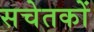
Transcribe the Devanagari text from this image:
सचेतकों